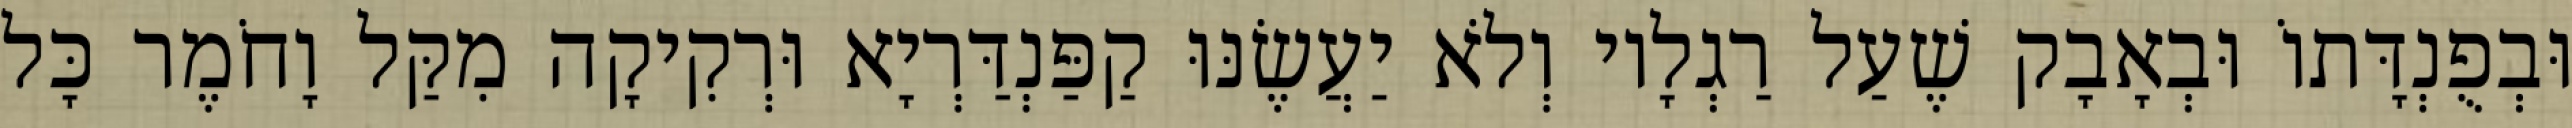
וּבְפֻנְדָּתוֹ וּבְאָבָק שֶׁעַל רַגְלָיו וְלֹא יַעֲשֶׂנּוּ קַפַּנְדַּרְיָא וּרְקִיקָה מִקַּל וָחֹמֶר כָּל